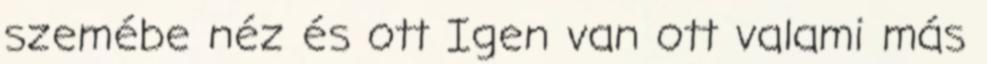
szemébe néz és ott Igen van ott valami más